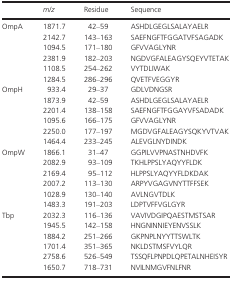
|  | m/z | Residue | Sequence |
 | --- | --- | --- | --- |
 | <ROWSPAN=6> OmpA | 1871.7 | 42–59 | ASHDLGEGLSALAYAELR |
 | 2142.7 | 143–163 | SAEFNGFTFGGATVFSAGADK |
 | 1094.5 | 171–180 | GFVVAGLYNR |
 | 2381.9 | 182–203 | NGDVGFALEAGYSQEYVTETAK |
 | 1108.5 | 254–262 | VYTDLIWAK |
 | 1284.5 | 286–296 | QVETFVEGGYR |
 | <ROWSPAN=6> OmpH | 933.4 | 29–37 | GDLVDNGSR |
 | 1873.9 | 42–59 | ASHDLGEGLSALAYAELR |
 | 2201.4 | 138–158 | SAEFNGFTFGGAYVFSADADK |
 | 1095.6 | 166–175 | GFVVAGLYNR |
 | 2250.0 | 177–197 | MGDVGFALEAGYSQKYVTVAK |
 | 1464.4 | 233–245 | ALEVGLNYDINDK |
 | <ROWSPAN=6> OmpW | 1866.1 | 31–47 | GGPILVVPNASTNHDVFK |
 | 2082.9 | 93–109 | TKHLPPSLYAQYYFLDK |
 | 2169.4 | 95–112 | HLPPSLYAQYYFLDKDAK |
 | 2007.2 | 113–130 | ARPYVGAGVNYTTFFSEK |
 | 1028.9 | 130–140 | AVLNGVTDLK |
 | 1483.3 | 191–203 | LDPTVFFVGLGYR |
 | <ROWSPAN=6> Tbp | 2032.3 | 116–136 | VAVIVDGIPQAESTMSTSAR |
 | 1945.5 | 142–158 | HNGNINNIEYENVSSLK |
 | 1884.2 | 251–266 | GKPNPLNYYTTSWLTK |
 | 1701.4 | 351–365 | NKLDSTMSFVYLQR |
 | 2758.6 | 526–549 | TSSQFLPNPDLQPETALNHEISYR |
 | 1650.7 | 718–731 | NVILNMGVFNLFNR |